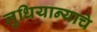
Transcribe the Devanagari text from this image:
लुधियान्याचे